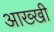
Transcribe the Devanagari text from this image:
आख्खी